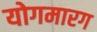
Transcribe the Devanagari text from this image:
योगमारग